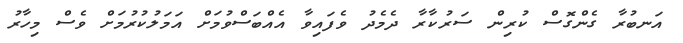
އަނބުރާ ގެންގޮސް ކުރިން ސަރުކާރާ ދެމެދު ވެފައިވާ އެއްބަސްވުމަށް އަމަލުކުރުމަށް ވެސް މިހާރު